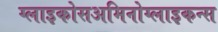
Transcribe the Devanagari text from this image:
ग्लाइकोसअमिनोग्लाइकन्स